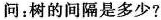
问：树的间隔是多少?